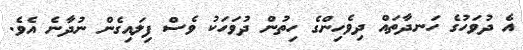
އެ ދުވަހުގެ ހަނދާތައް ދިވެހިންގެ ހިތުން ދުވަހަކު ވެސް ފިލައިގެން ނުދާނެ އެވެ.